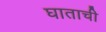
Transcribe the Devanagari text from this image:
घाताची